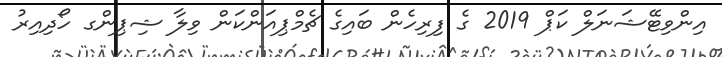
އިންވިޓޭޝަނަލް ކަޕް 2019 ގެ ފިރިހެން ބައިގެ ޗެމްޕިއަންކަން ވިލާ ޝިޕިންގ ހޯދިއިރު